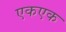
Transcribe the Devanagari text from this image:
एकएक